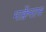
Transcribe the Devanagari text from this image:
मार्क्वेसास